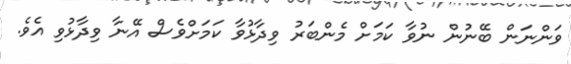
ވަންނަން ބޭނުން ނުވާ ކަމަށް މެންބަރު ވިދާޅުވާ ކަމަށްވެސް އޭނާ ވިދާޅުވި އެވެ.